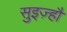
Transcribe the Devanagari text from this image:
सुइज़्हौ